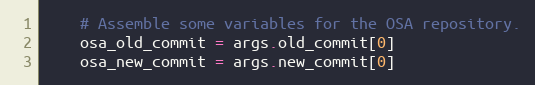
Language: Python
    # Assemble some variables for the OSA repository.
    osa_old_commit = args.old_commit[0]
    osa_new_commit = args.new_commit[0]